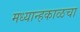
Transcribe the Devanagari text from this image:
मध्यान्हकाळचा